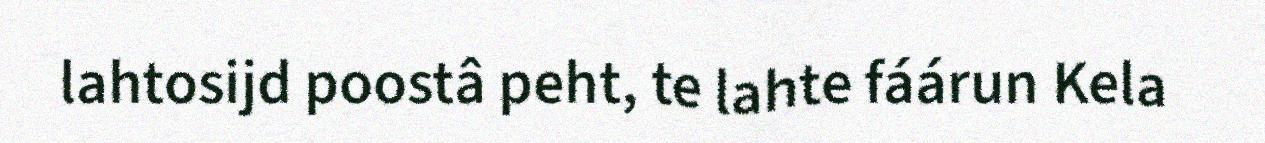
lahtosijd poostâ peht, te lahte fáárun Kela